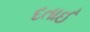
દતાઈ